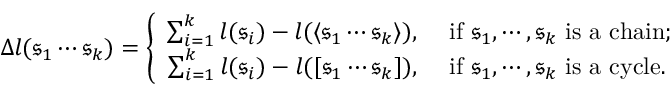
\Delta l ( \mathfrak { s } _ { 1 } \cdots \mathfrak { s } _ { k } ) = \left\{ \begin{array} { r l } { \sum _ { i = 1 } ^ { k } l ( \mathfrak { s } _ { i } ) - l ( \langle \mathfrak { s } _ { 1 } \cdots \mathfrak { s } _ { k } \rangle ) , } & { \ \mathrm { i f } \ \mathfrak { s } _ { 1 } , \cdots , \mathfrak { s } _ { k } \ \mathrm { i s \ a \ c h a i n ; } } \\ { \sum _ { i = 1 } ^ { k } l ( \mathfrak { s } _ { i } ) - l ( [ \mathfrak { s } _ { 1 } \cdots \mathfrak { s } _ { k } ] ) , } & { \ \mathrm { i f } \ \mathfrak { s } _ { 1 } , \cdots , \mathfrak { s } _ { k } \ \mathrm { i s \ a \ c y c l e . } } \end{array} \right.